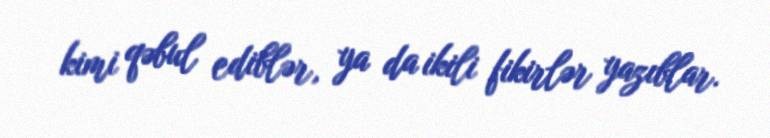
kimi qəbul ediblər, ya da ikili fikirlər yazıblar.